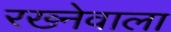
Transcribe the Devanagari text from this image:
रख्नेवाला